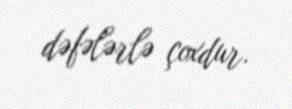
dəfələrlə çoxdur.